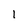
Character: 1